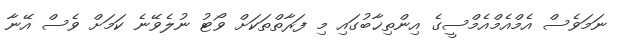
ނަމަވެސް އެމްއެމްއެމްސީގެ އިންތިޚާބުގައި މި ފަރާތްތަކަށް ވޯޓު ނުލެވޭނެ ކަމަށް ވެސް އޭނާ